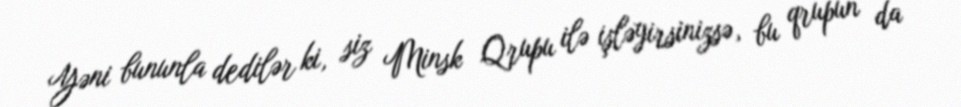
Yəni bununla dedilər ki, siz Minsk Qrupu ilə işləyirsinizsə, bu qrupun da